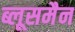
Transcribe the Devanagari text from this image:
ब्लूसमैन